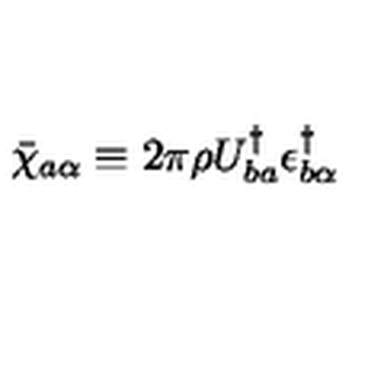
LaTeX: \bar { \chi } _ { a \alpha } \equiv 2 \pi \rho U _ { b a } ^ { \dagger } \epsilon _ { b \alpha } ^ { \dagger }